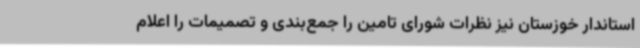
استاندار خوزستان نیز نظرات شورای تامین را جمع‌بندی و تصمیمات را اعلام